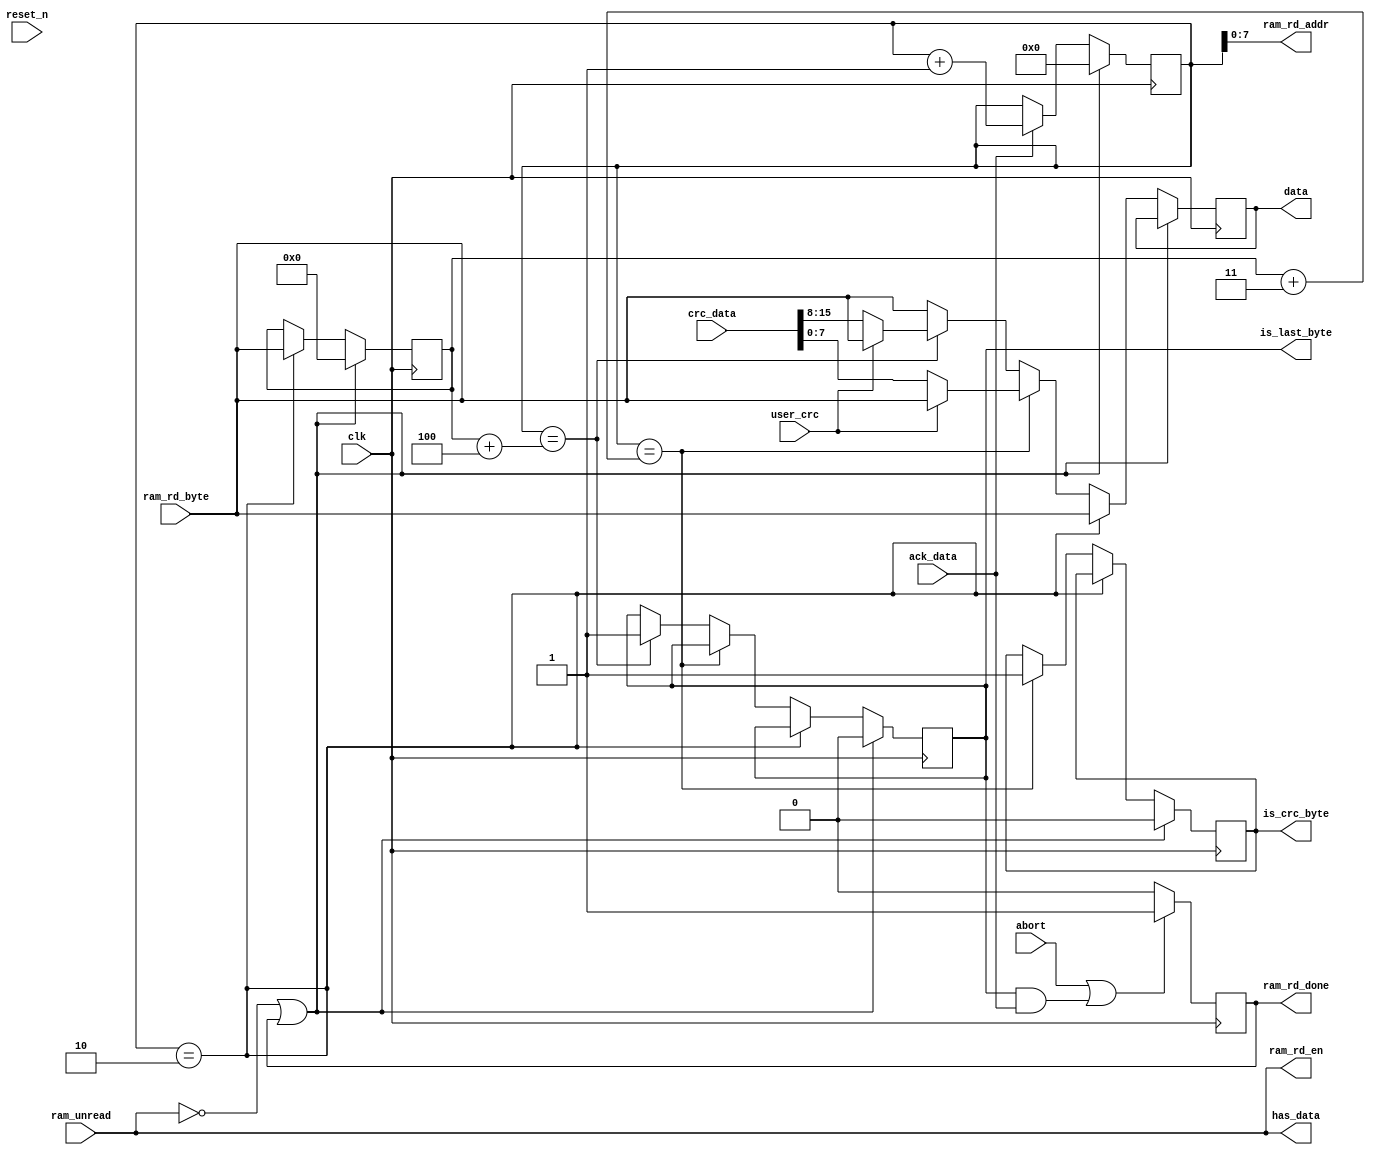
/*
 * This Source Code Form is subject to the terms of the Mozilla
 * Public License, v. 2.0. If a copy of the MPL was not distributed
 * with this file, You can obtain one at https://mozilla.org/MPL/2.0/.
 * Notice: The scope granted to MPL excludes the ASIC industry.
 *
 * Copyright (c) 2017 DUKELEC, All rights reserved.
 *
 */

module cd_tx_bytes(
        input               clk,
        input               reset_n,

        input               user_crc,
        input               abort,

        output reg  [7:0]   data,
        output              has_data,
        input               ack_data,
        output reg          is_crc_byte,
        output reg          is_last_byte,
        input       [15:0]  crc_data,

        input               ram_unread,
        input       [7:0]   ram_rd_byte,
        output      [7:0]   ram_rd_addr,
        output              ram_rd_en,
        output reg          ram_rd_done
    );

assign has_data = ram_unread;
assign ram_rd_en = ram_unread;

reg [8:0] byte_cnt;
assign ram_rd_addr = byte_cnt[7:0];
reg [7:0] data_len; // backup 3rd byte


always @(posedge clk)
    if (!ram_unread || ram_rd_done) begin
        byte_cnt <= 0;
        data_len <= 0;
        is_crc_byte <= 0;
        is_last_byte <= 0;
    end
    else begin
        data <= ram_rd_byte;

        if (byte_cnt == 2)
            data_len <= ram_rd_byte;

        // we have enough time to change the byte which send at second bit
        else if (byte_cnt == data_len + 3) begin
            if (!user_crc)
                data <= crc_data[7:0];
            is_crc_byte <= 1;
        end
        else if (byte_cnt == data_len + 4) begin
            if (!user_crc)
                data <= crc_data[15:8];
            is_last_byte <= 1;
        end

        if (ack_data)
            byte_cnt <= byte_cnt + 1'd1;
    end


always @(posedge clk) begin
    ram_rd_done <= 0;
    if (abort || (is_last_byte && ack_data))
        ram_rd_done <= 1;
end

endmodule